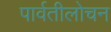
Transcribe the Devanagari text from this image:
पार्वतीलोचन